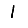
Digit: 1